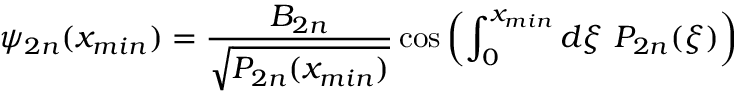
\psi _ { 2 n } ( x _ { m i n } ) = \frac { B _ { 2 n } } { \sqrt { P _ { 2 n } ( x _ { m i n } ) } } \cos \left( \int _ { 0 } ^ { x _ { m i n } } d \xi \ P _ { 2 n } ( \xi ) \right)